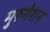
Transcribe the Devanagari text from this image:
मुरुगेशन